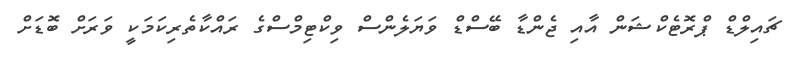
ޗައިލްޑް ޕްރޮޓެކްޝަން އާއި ޖެންޑާ ބޭސްޑް ވަޔަލެންސް ވިކްޓިމްސްގެ ރައްކާތެރިކަމަކީ ވަރަށް ބޮޑަށް